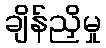
ချိန်ညှိမှု